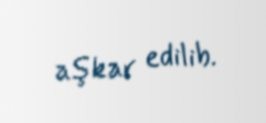
aşkar edilib.